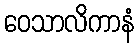
ဝေသာလိကာနံ